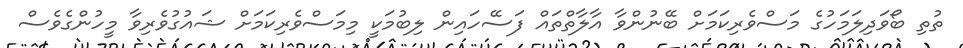
ތުތި ބޯވަދިލަމަހުގެ މަސްވެރިކަމަށް ބޭނުންވާ އާލާތްތައް ފަސޭހައިން ލިބުމަކީ މިމަސްވެރިކަމަށް ޝައުގުވެރިވާ މީހުންގެވެސް